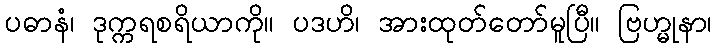
ပဓာနံ၊ ဒုက္ကရစရိယာကို။ ပဒဟိ၊ အားထုတ်တော်မူပြီ။ ဗြဟ္မုနာ၊